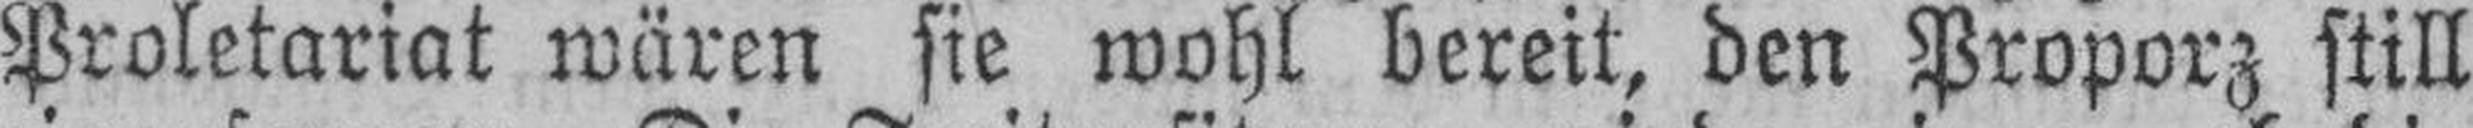
Proletariat wären sie wohl bereit, den Proporz still